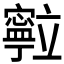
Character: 𮄽